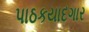
પાઠકયાદગાર